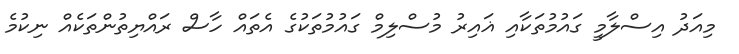
މިއަދު އިސްލާމީ ގައުމުތަކާއި ޣައިރު މުސްލިމް ގައުމުތަކުގެ އެތައް ހާސް ރައްޔިތުންތަކެއް ނިކުމެ